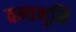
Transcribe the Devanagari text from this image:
वन्यभूमि